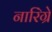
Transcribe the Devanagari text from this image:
नारिंग्रे